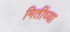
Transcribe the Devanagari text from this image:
मितींच्या